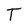
Character: T